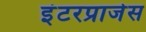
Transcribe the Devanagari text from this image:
इंटरप्राजेस